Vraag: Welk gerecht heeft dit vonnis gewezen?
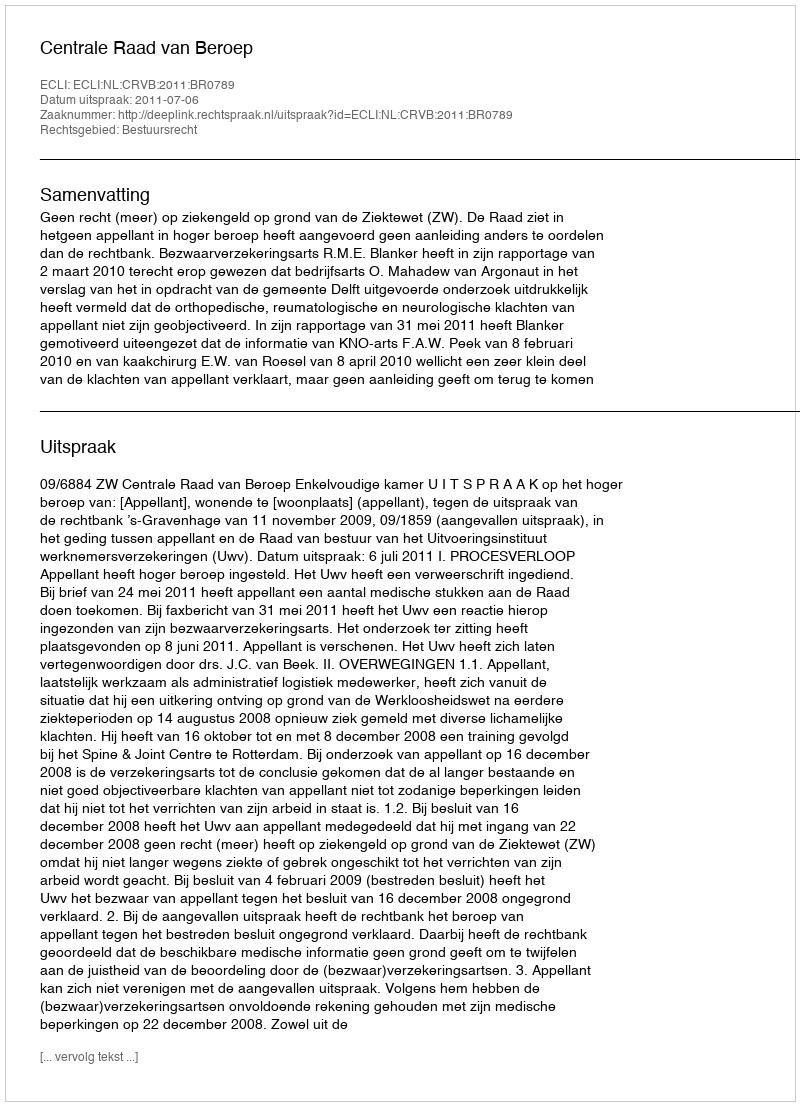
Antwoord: Centrale Raad van Beroep